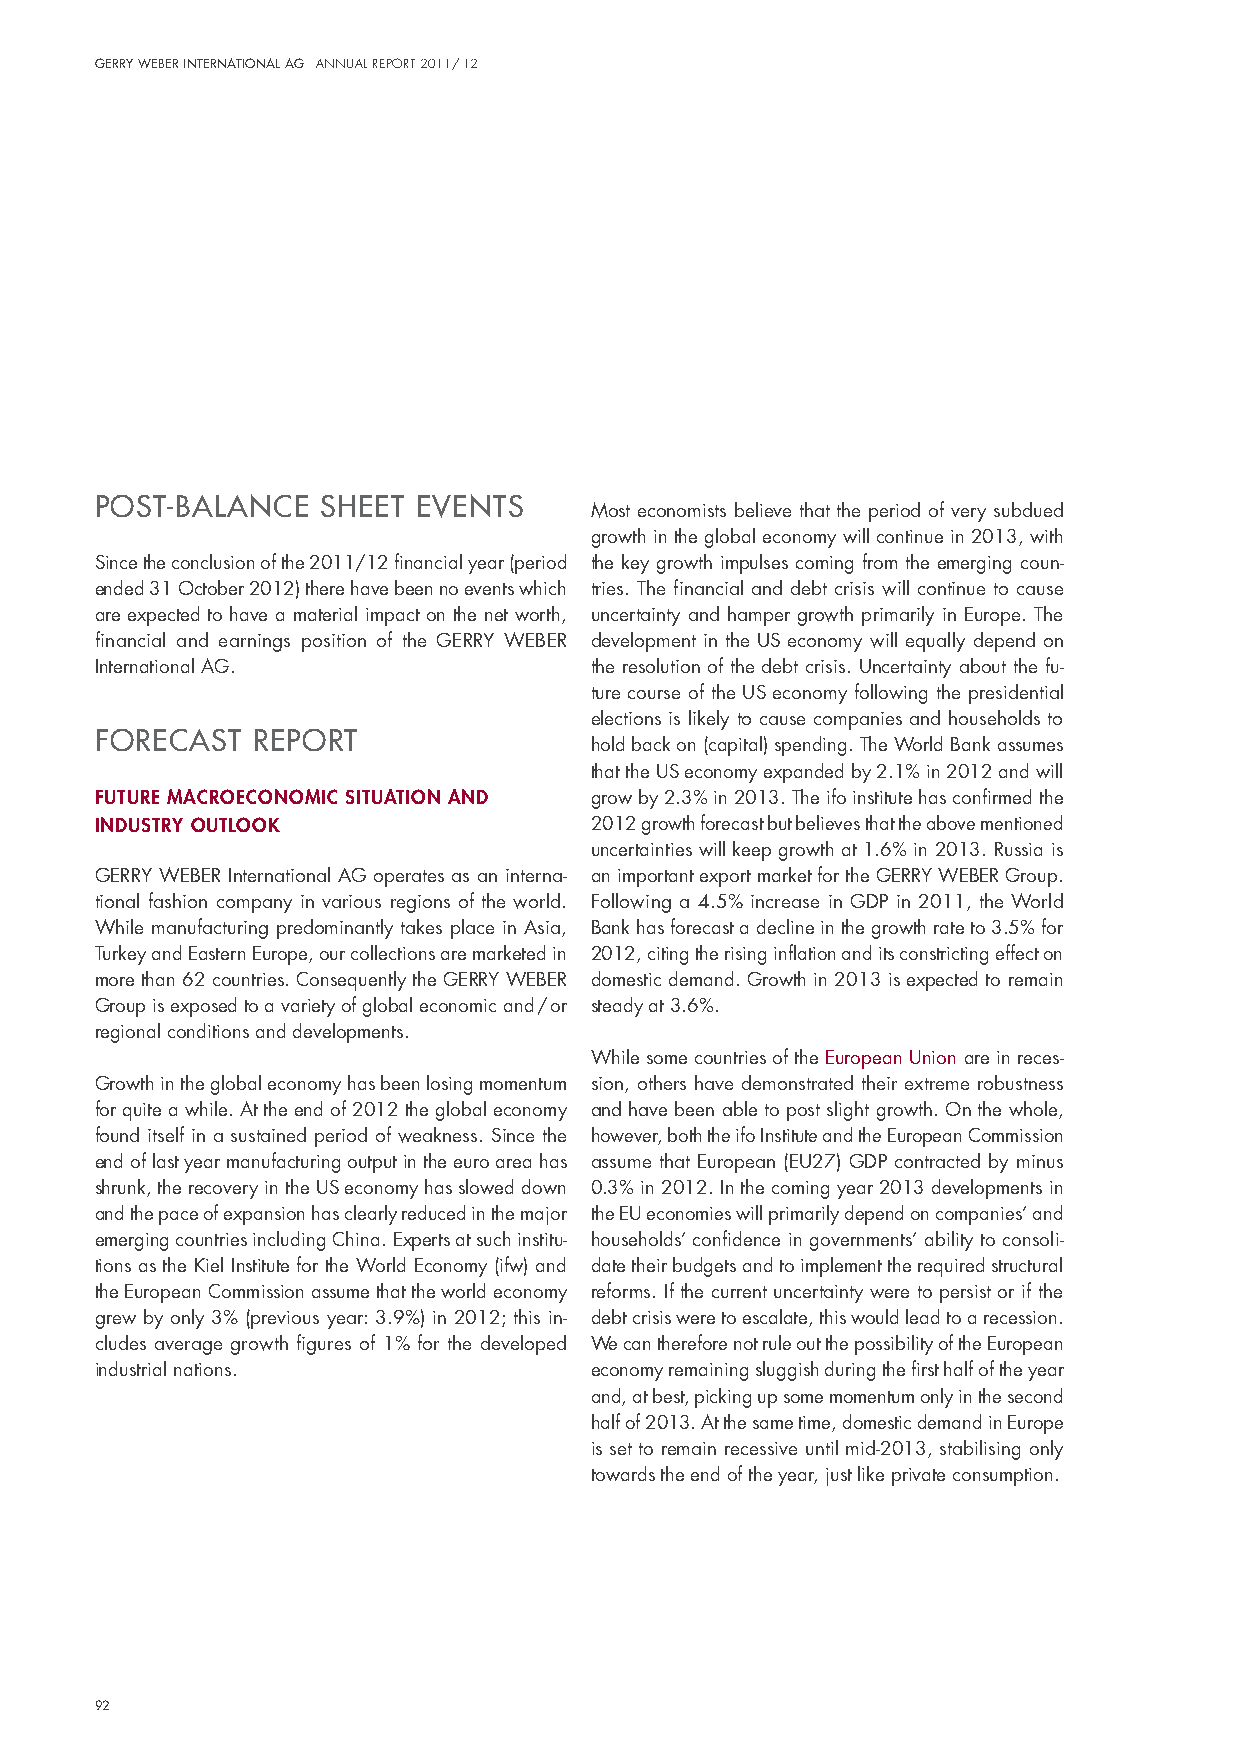
Gerry Weber InternatIonal aG annual report 2011/ 12
 PoSt-BALAnce   SHeet eventS
 most economists believe that the period of very subdued
 growth in the global economy will continue in 2013, with
 since the conclusion of the 2011/12 financial year (period the key growth impulses coming from the e merging coun-
 ended 31 october 2012) there have been no events which tries. The financial and debt crisis will continue to cause
 are expected to have a material impact on the net worth, uncertainty and hamper growth primarily in europe. The
 financial and earnings position of the GeRRY WeBeR development in the us economy will equally depend on
 international AG.                the resolution of the debt crisis. uncertainty about the fu-
 ture course of the us economy following the presidential
 elections is likely to cause companies and households to
 FoRecASt  RePoR  t
 hold back on (capital) spending. The World Bank assumes
 that the us economy expanded by 2.1% in 2012 and will
 future macroeconomIc sItuatIon and grow by 2.3% in 2013. The ifo institute has confirmed the
 I ndustry outlook                2012 growth forecast but believes that the above mentioned
 uncertainties will keep growth at 1.6% in 2013. Russia is
 GeRRY WeBeR international AG operates as an interna- an important export market for the GeRRY WeBeR Group.
 tional fashion company in various regions of the world. Following a 4.5% increase in Gdp in 2011, the World
 While manufacturing predominantly takes place in Asia, Bank has forecast a decline in the growth rate to 3.5% for
 Turkey and eastern europe, our collections are marketed in 2012, citing the rising inflation and its constricting effect on
 more than 62 countries. Consequently the GeRRY WeBeR domestic demand. Growth in 2013 is expected to remain
 Group is exposed to a variety of global economic and / or steady at 3.6%.
 regional conditions and developments.
 While some countries of the european union are in reces-
 Growth in the global economy has been losing momentum sion, others have demonstrated their extreme robustness
 for quite a while. At the end of 2012 the global economy and have been able to post slight growth. on the whole,
 found itself in a sustained period of weakness. since the however, both the ifo institute and the european Commission
 end of last year manufacturing output in the euro area has assume that european (eu27) Gdp contracted by minus
 shrunk, the recovery in the us economy has slowed down 0.3% in 2012. in the coming year 2013 developments in
 and the pace of expansion has clearly reduced in the major the eu economies will primarily depend on companies’ and
 emerging countries including China. experts at such institu- households’ confidence in governments’ ability to consoli-
 tions as the Kiel institute for the World economy (ifw) and date their budgets and to implement the required structural
 the european Commission assume that the world economy reforms. if the current uncertainty were to persist or if the
 grew by only 3% (previous year: 3.9%) in 2012; this in- debt crisis were to escalate, this would lead to a recession.
 cludes average growth figures of 1% for the developed We can therefore not rule out the possibility of the european
 industrial nations.              economy remaining sluggish during the first half of the year
 and, at best, picking up some momentum only in the second
 half of 2013. At the same time, domestic demand in europe
 is set to remain recessive until mid-2013, stabilising only
 towards the end of the year, just like private consumption.
 92